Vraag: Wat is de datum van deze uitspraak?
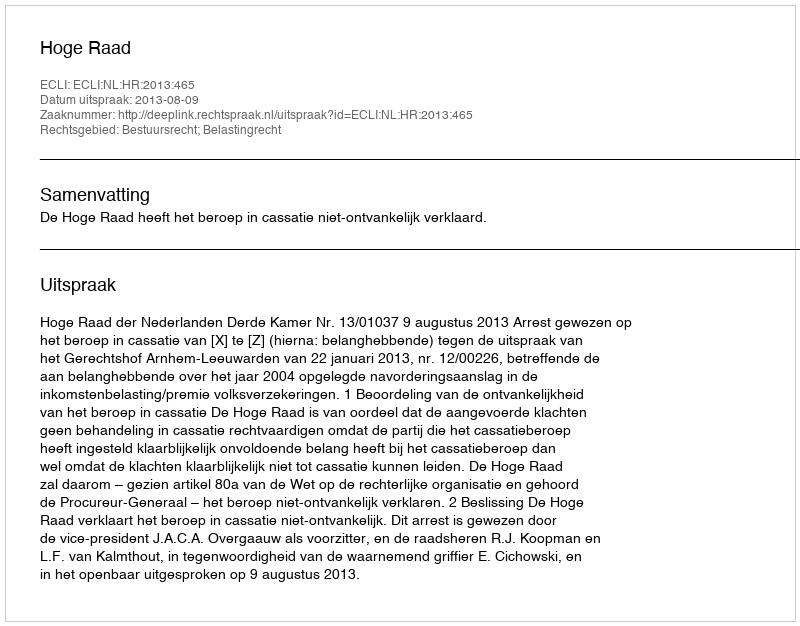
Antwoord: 2013-08-09